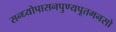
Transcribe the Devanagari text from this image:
सन्ध्योपासनपुण्यपूतमनसो